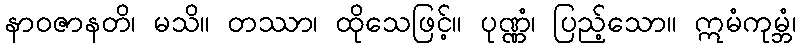
နာဝဇာနတိ၊ မသိ။ တဿာ၊ ထိုသေဖြင့်။ ပုဏ္ဏံ၊ ပြည့်သော။ ဣမံကုမ္ဘံ၊